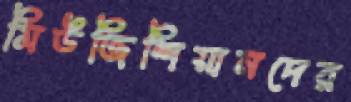
মিউজিশিয়ানদের